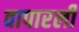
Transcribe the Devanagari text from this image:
वापारली